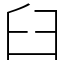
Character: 臼